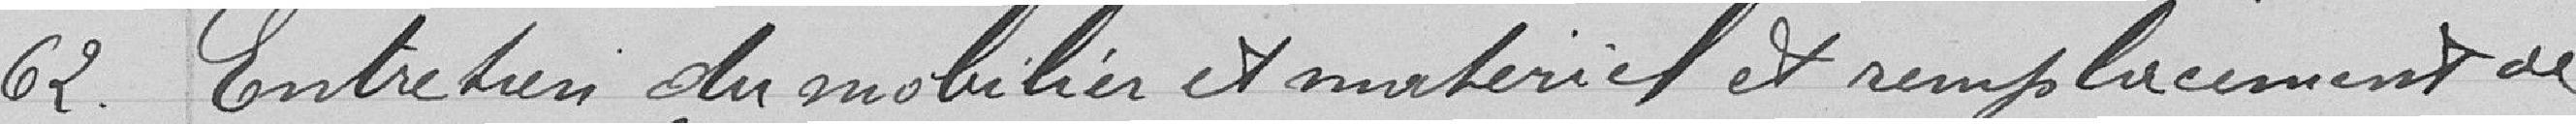
62. Entretien du mobilier et matériel et remplacement de